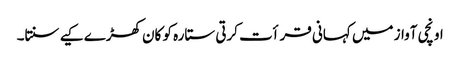
اونچی آواز میں کہانی قرأت کرتی ستارہ کو کان کھڑے کیے سنتا۔